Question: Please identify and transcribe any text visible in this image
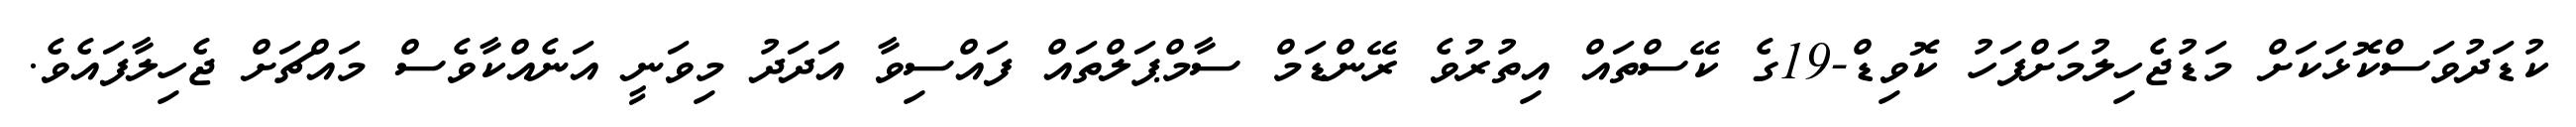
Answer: ކުޑަދުވަސްކޮޅަކަށް މަޑުޖެހިލުމަށްފަހު ކޮވިޑް-19ގެ ކޭސްތައް އިތުރުވެ ރޭންޑަމް ސާމްޕަލްތައް ފައްސިވާ އަދަދު މިވަނީ އަނެއްކާވެސް މައްޗަށް ޖެހިލާފައެވެ.